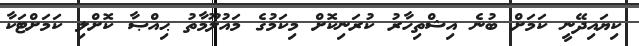
ކިޔައިދޭނީ ކަމަށް ބުނެ އިޝްތިހާރު ކުރަނިކޮށް މިކަމުގެ މައުލޫމާތު ޙިއްޞާ ކޮށްލި ކަމަށްޓަކާ